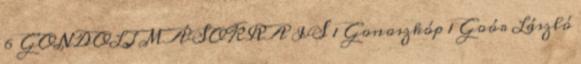
6 GONDOLJ MÁSOKRA IS 1 Gonoszkóp 1 Goór László